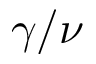
\gamma / \nu